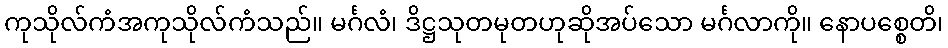
ကုသိုလ်ကံအကုသိုလ်ကံသည်။ မင်္ဂလံ၊ ဒိဋ္ဌသုတမုတဟုဆိုအပ်သော မင်္ဂလာကို။ နောပစ္စေတိ၊